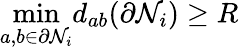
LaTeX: \mathop{\operatorname*{min}}_{a,b\in\partial\mathcal{N}_{i}}d_{ab}(\partial\mathcal{N}_{i})\geq R